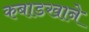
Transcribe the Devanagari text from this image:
कबाडखाने